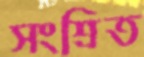
সংশ্রিত